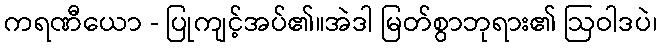
ကရဏီယော - ပြုကျင့်အပ်၏။အဲဒါ မြတ်စွာဘုရား၏ ဩဝါဒပဲ၊